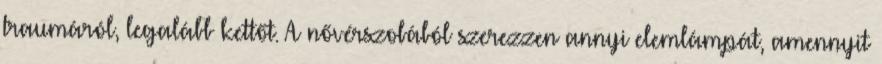
traumáról, legalább kettőt. A nővérszobából szerezzen annyi elemlámpát, amennyit